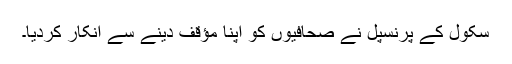
سکول کے پرنسپل نے صحافیوں کو اپنا مؤقف دینے سے انکار کردیا۔